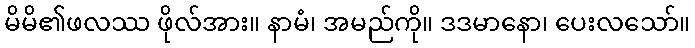
မိမိ၏ဖလဿ ဖိုလ်အား။ နာမံ၊ အမည်ကို။ ဒဒမာနော၊ ပေးလသော်။